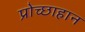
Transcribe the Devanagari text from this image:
प्रोच्छाहान